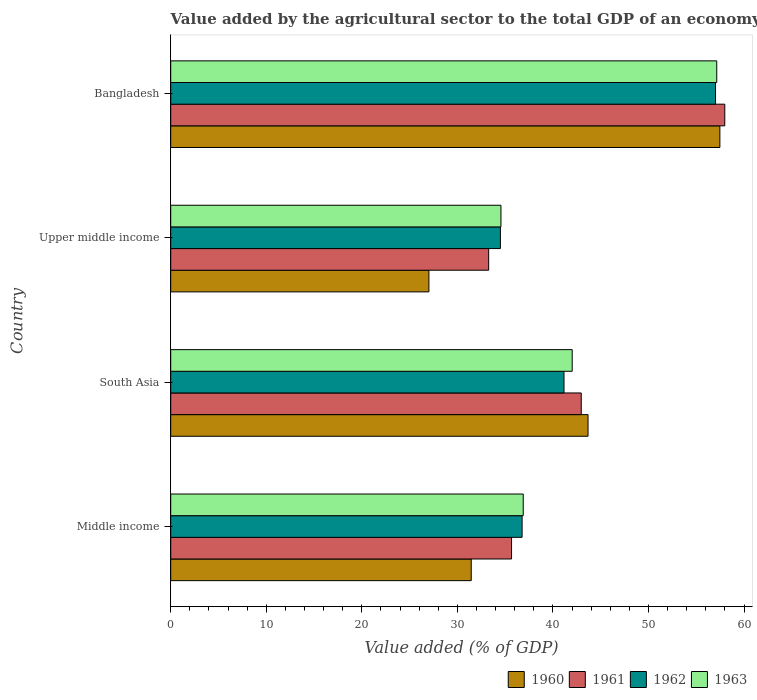
| Country | 1960 | 1961 | 1962 | 1963 |
 | --- | --- | --- | --- | --- |
 | Middle income | 31.5 | 35.7 | 36.8 | 36.9 |
 | South Asia | 43.7 | 43 | 41.2 | 42 |
 | Upper middle income | 27 | 33.3 | 34.5 | 34.6 |
 | Bangladesh | 57.5 | 58 | 57 | 57.1 |